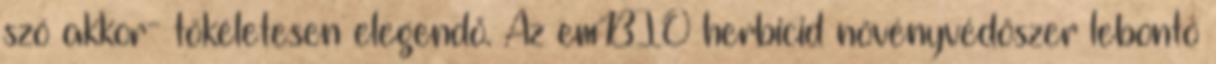
szó akkor- tökéletesen elegendő. Az emBIO herbicid növényvédőszer lebontó